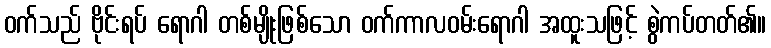
ဝက်သည် ဗိုင်းရပ် ရောဂါ တစ်မျိုးဖြစ်သော ဝက်ကာလဝမ်းရောဂါ အထူးသဖြင့် စွဲကပ်တတ်၏။